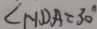
\angle H D A = 3 0 ^ { \circ }